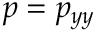
p = p _ { y y }